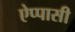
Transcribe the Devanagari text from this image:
ऐप्पासी